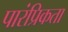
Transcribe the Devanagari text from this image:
पारंप्रिकता